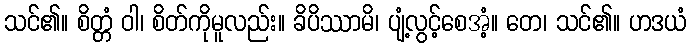
သင်၏။ စိတ္တံ ဝါ၊ စိတ်ကိုမူလည်း။ ခိပိဿာမိ၊ ပျံ့လွင့်စေအံ့။ တေ၊ သင်၏။ ဟဒယံ